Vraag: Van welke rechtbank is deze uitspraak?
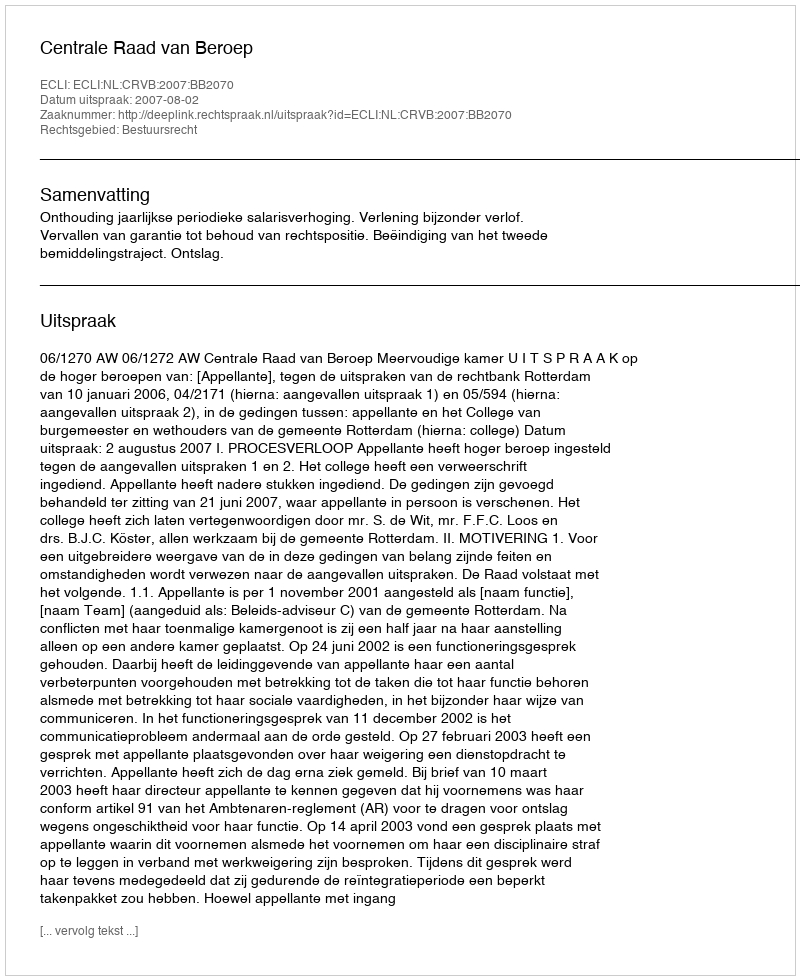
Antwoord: Centrale Raad van Beroep